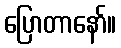
ပြောတာနော်။